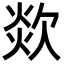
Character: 欻